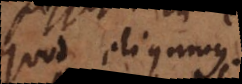
quod eligamus.